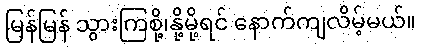
မြန်မြန် သွားကြစို့၊နို့မို့ရင် နောက်ကျလိမ့်မယ်။